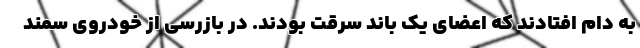
به دام افتادند که اعضای یک باند سرقت بودند. در بازرسی از خودروی سمند